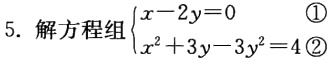
5. 解方程组$\begin{cases}x - 2y = 0 &\textcircled{1}\\x^{2} + 3y - 3y^{2} = 4&\textcircled{2}\end{cases}$